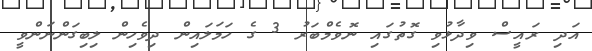
އަދި ރައީސް ވިދާޅުވި ގޮތުގައި ނޮވެމްބަރު 3 ގެ ހަމަލައިން ދިވެހިން ލިބިގަންނަންވީ